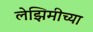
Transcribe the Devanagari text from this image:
लेझिमीच्या